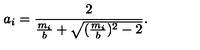
a _ { i } = \frac { 2 } { \frac { m _ { i } } { b } + \sqrt { ( \frac { m _ { i } } { b } ) ^ { 2 } - 2 } } .